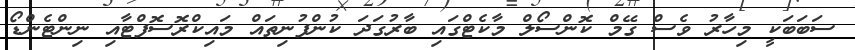
ސަބަބަކީ މިހާރު ވެސް ގޭމް ކޮންސޯލް މާކެޓްގައި ބާރުގަދަ ކުންފުނިތައް މައިކްރޮސޮފްޓާއި ނިންޓެންޑޯ